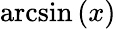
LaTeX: \arcsin\left(x\right)